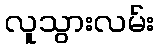
လူသွားလမ်း